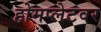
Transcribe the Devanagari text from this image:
होमप्लेटवर